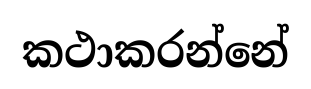
කථාකරන්නේ